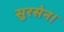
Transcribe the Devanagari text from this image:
सुरसेन।